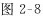
图2-8